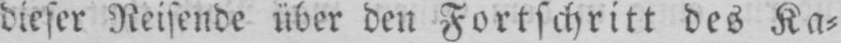
dieser Reisende über den Fortschritt des Ka⸗